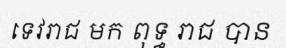
ទេវរាជ មក ពុទ្ធ រាជ បាន